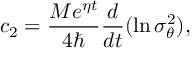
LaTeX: c _ { 2 } = \frac { M e ^ { \eta t } } { 4 \hbar } \frac d { d t } ( \ln \sigma _ { \theta } ^ { 2 } ) ,